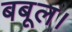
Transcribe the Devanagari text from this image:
बबूल।